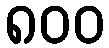
၈၀၀